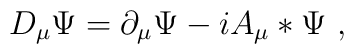
D_\mu\Psi  =  \partial_\mu\Psi - iA_\mu*\Psi\ ,